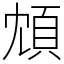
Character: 䪴